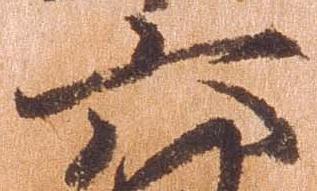
六